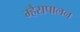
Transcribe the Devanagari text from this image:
म्हैसपालन